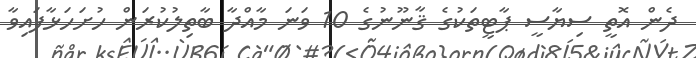
ދެން އޮތީ ސިޔާސީ ޕާޓީތަކުގެ ޤާނޫނުގެ 10 ވަނަ މާއްދާ ބާތިލުކުރަން ހުށަހަޅާފައިވާ